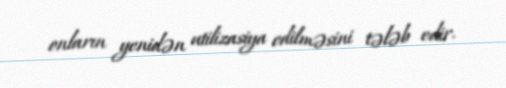
onların yenidən utilizasiya edilməsini tələb edir.